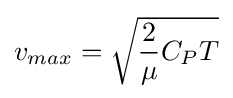
v_{max}={\sqrt {{\frac {2}{\mu }}C_{P}T}}